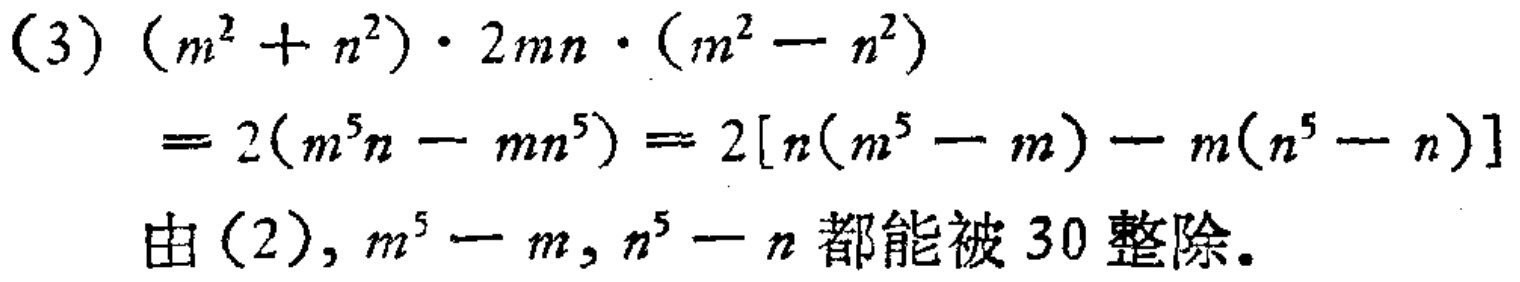
\begin{align*}

&(3)\ (m^{2}+n^{2})\cdot2mn\cdot(m^{2}-n^{2})\\

&=2(m^{5}n - mn^{5}) = 2[n(m^{5}-m)-m(n^{5}-n)]\\

&\text{由}(2),\ m^{5}-m,\ n^{5}-n\text{都能被}30\text{整除。}

\end{align*}